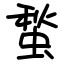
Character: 蝵